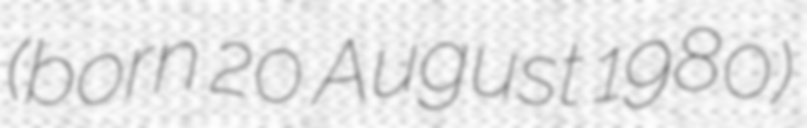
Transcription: (born 20 August 1980)